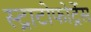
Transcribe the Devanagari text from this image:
स्ट्राटोफोर्ट्रेस